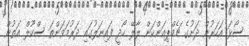
ސޯޅަ އަހަރުން ދަށުގެ ޗެމްޕިއަންކަން ލާލޭ ހޯދީ ފައިނަލުގައި ދަރުމަވަންތަ ސްކޫލް އަތުން